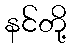
နင်တို့